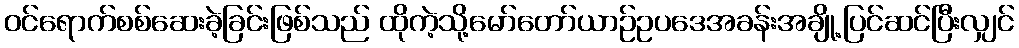
ဝင်ရောက်စစ်ဆေးခဲ့ခြင်းဖြစ်သည် ထိုကဲ့သို့မော်တော်ယာဉ်ဥပဒေအခန်းအချို့ပြင်ဆင်ပြီးလျှင်